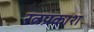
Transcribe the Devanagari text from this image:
रत्नप्रकाश